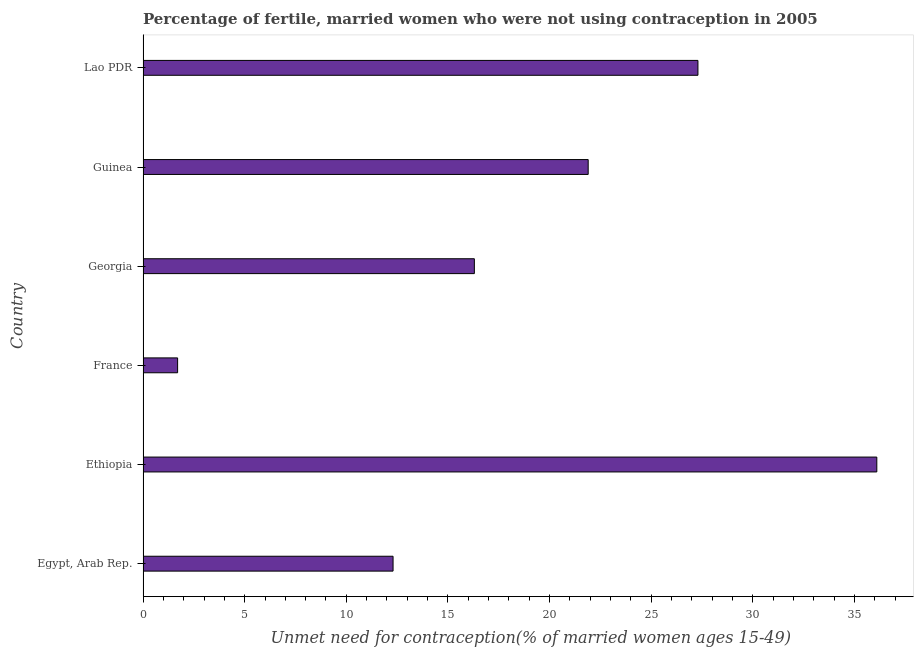
| Country | Unmet need for contraception |
 | --- | --- |
 | Egypt, Arab Rep. | 12.3 |
 | Ethiopia | 36.1 |
 | France | 1.7 |
 | Georgia | 16.3 |
 | Guinea | 21.9 |
 | Lao PDR | 27.3 |